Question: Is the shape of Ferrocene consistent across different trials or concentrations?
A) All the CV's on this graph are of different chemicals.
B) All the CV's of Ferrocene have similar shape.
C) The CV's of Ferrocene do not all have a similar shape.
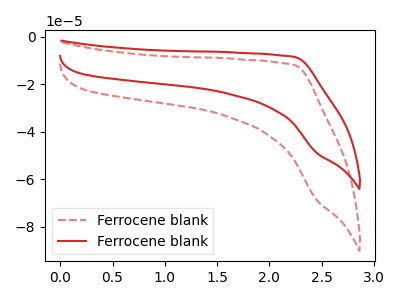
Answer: <think>The red dashed curve "Ferrocene blank1" has no peaks. The red curve "Ferrocene blank2" has no peaks.
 Neither "Ferrocene blank1" or "Ferrocene blank2" have any peaks.</think>
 <answer>B) All the CV's of "Ferrocene" have similar shape.</answer>
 <eval>B</eval>